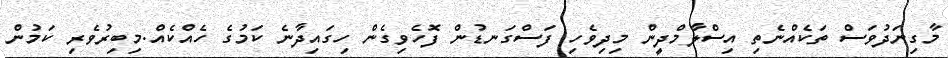
މާގިނަދުވަސް ތަކެއްނެތި އިސްލާމްދީން މިދިވެހި ފަސްގަނޑުން ފޮހެވިގެން ހިގައިދާނެ ކަމުގެ ހެއްކެއް.މިބިރުވެރި ކަމުން